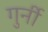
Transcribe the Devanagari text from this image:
गुर्नी